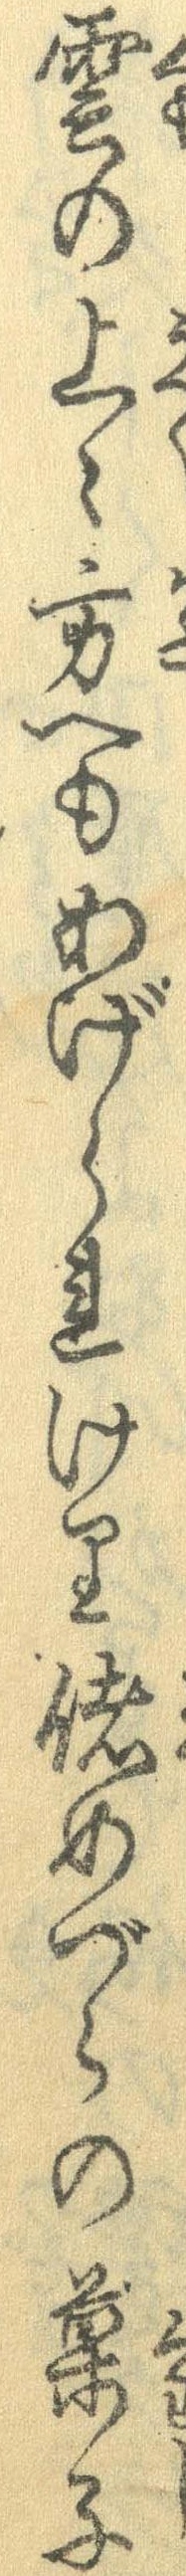
雲の上々方へもあげられけり偖めづらの菓子